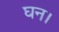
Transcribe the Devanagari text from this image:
घन।